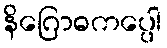
နိဂြောဓကပ္ပေါ